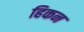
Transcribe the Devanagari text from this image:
हिकन